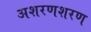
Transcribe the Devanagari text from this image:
अशरणशरण